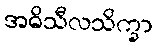
အဓိသီလသိက္ခာ